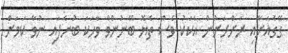
ގޭގެއަށާއި ރަށްރަށުން އެކަކު ވެސް ތެޔޮ ބޭނުންވާ ވާހަކަ ބުނެފައި ނުވާ ކަމަށް